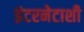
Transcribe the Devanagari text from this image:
इंटरनेटाशी